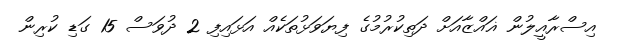
އިސްރާއީލުން ޣައްޒާއަށް ދަތިކުރުުމުގެ ފިޔަވަޅުތަކެއް އަަޅައިފި 2 ދުވަސް 15 ގަޑި ކުރިން